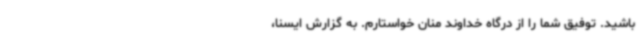
باشید. توفیق شما را از درگاه خداوند منان خواستارم. به گزارش ایسنا،